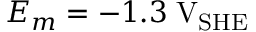
E _ { m } = - 1 . 3 \; \mathrm { V } _ { \mathrm { S H E } }